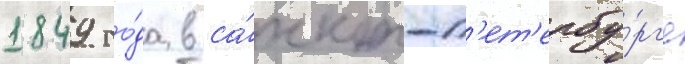
1849 го́да в са́нкт-п'ет'ербу́рг'е